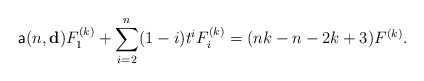
\begin{align*}\mathsf{a}(n,\mathbf{d}) F_1^{(k)}+\sum_{i=2}^{n}(1-i)t^{i}F_i^{(k)}=(nk-n-2k+3)F^{(k)}.\end{align*}